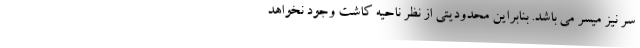
سر نیز میسر می باشد. بنابراین محدودیتی از نظر ناحیه کاشت وجود نخواهد